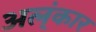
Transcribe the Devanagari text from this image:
अल्ंकार